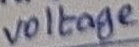
Text: voltage